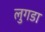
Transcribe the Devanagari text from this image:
लुगडा